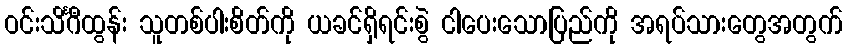
ဝင်းသိင်္ဂီထွန်း သူတစ်ပါးစိတ်ကို ယခင်ရှိရင်းစွဲ ငါပေးသောပြည်ကို အရပ်သားတွေအတွက်